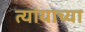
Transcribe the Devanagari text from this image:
त्यांयाच्या